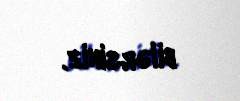
bilərsiniz.